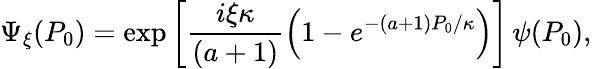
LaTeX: \Psi_{\xi}(P_{0})=\exp\left[\frac{i\xi\kappa}{(a+1)}\left(1-e^{-(a+1)P_{0}/\kappa}\right)\right]\, \psi(P_{0}),